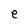
Character: e